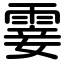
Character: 霎